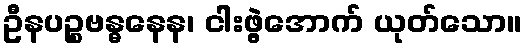
ဦနပဉ္စဗန္ဓနေန၊ ငါးဖွဲ့အောက် ယုတ်သော။